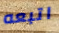
اتبعه